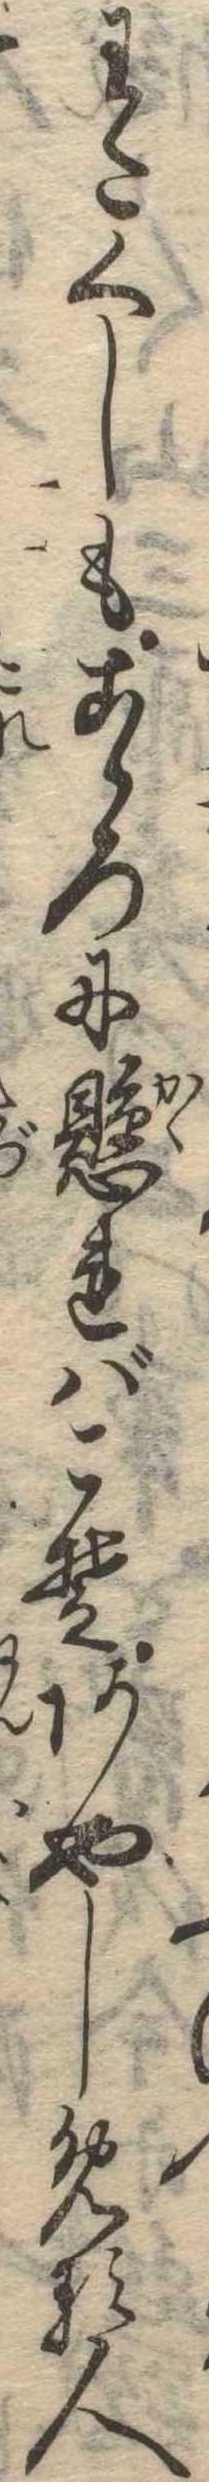
わたくしもこゝろに懸ればこそあやしめる人